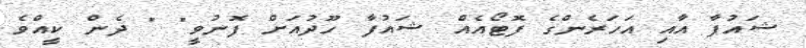
ޝައުފާ އާއި އަހަރެންގެ ފޮޓޯއެއް ޝައުފާ ހޫދުއަށް ފޮނުވީ" " ދެން ކީއްވެ